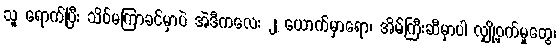
သူ ရောက်ပြီး သိပ်မကြာခင်မှာပဲ အဲဒီကလေး ၂ ယောက်မှာရော၊ အိမ်ကြီးဆီမှာပါ လျှို့ဝှက်မှုတွေ၊